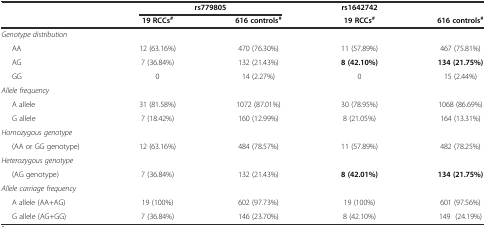
<table><thead><tr><td></td><td colspan="2"><b>rs779805</b></td><td><b>rs1642742</b></td><td></td></tr><tr><td></td><td><b>19 RCCs<sup>#</sup></b></td><td><b>616 controls<sup>#</sup></b></td><td><b>19 RCCs<sup>#</sup></b></td><td><b>616 controls<sup>#</sup></b></td></tr></thead><tbody><tr><td><i>Genotype distribution</i></td><td></td><td></td><td></td><td></td></tr><tr><td> AA</td><td>12 (63.16%)</td><td>470 (76.30%)</td><td>11 (57.89%)</td><td>467 (75.81%)</td></tr><tr><td> AG</td><td>7 (36.84%)</td><td>132 (21.43%)</td><td><b>8 (42.10%)</b></td><td><b>134 (21.75%)</b></td></tr><tr><td> GG</td><td>0</td><td>14 (2.27%)</td><td>0</td><td>15 (2.44%)</td></tr><tr><td><i>Allele frequency</i></td><td></td><td></td><td></td><td></td></tr><tr><td> A allele</td><td>31 (81.58%)</td><td>1072 (87.01%)</td><td>30 (78.95%)</td><td>1068 (86.69%)</td></tr><tr><td> G allele</td><td>7 (18.42%)</td><td>160 (12.99%)</td><td>8 (21.05%)</td><td>164 (13.31%)</td></tr><tr><td><i>Homozygous genotype</i></td><td></td><td></td><td></td><td></td></tr><tr><td> (AA or GG genotype)</td><td>12 (63.16%)</td><td>484 (78.57%)</td><td>11 (57.89%)</td><td>482 (78.25%)</td></tr><tr><td><i>Heterozygous genotype</i></td><td></td><td></td><td></td><td></td></tr><tr><td> (AG genotype)</td><td>7 (36.84%)</td><td>132 (21.43%)</td><td><b>8 (42.01%)</b></td><td><b>134 (21.75%)</b></td></tr><tr><td><i>Allele carriage frequency</i></td><td></td><td></td><td></td><td></td></tr><tr><td> A allele (AA+AG)</td><td>19 (100%)</td><td>602 (97.73%)</td><td>19 (100%)</td><td>601 (97.56%)</td></tr><tr><td> G allele (AG+GG)</td><td>7 (36.84%)</td><td>146 (23.70%)</td><td>8 (42.10%)</td><td>149 (24.19%)</td></tr></tbody></table>